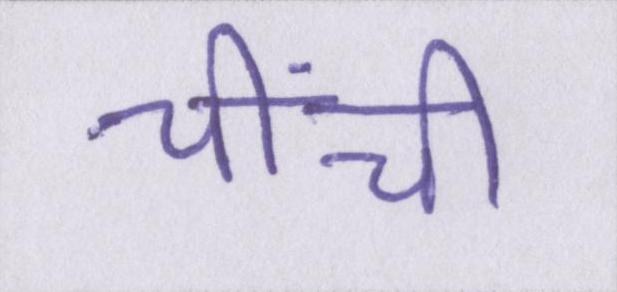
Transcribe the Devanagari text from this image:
चींची